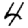
Digit: 4